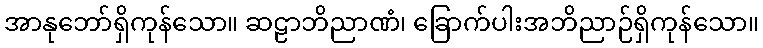
အာနုဘော်ရှိကုန်သော။ ဆဠာဘိညာဏံ၊ ခြောက်ပါးအဘိညာဉ်ရှိကုန်သော။